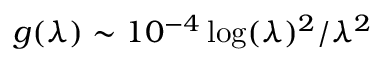
g ( \lambda ) \sim 1 0 ^ { - 4 } \log ( \lambda ) ^ { 2 } / \lambda ^ { 2 }